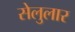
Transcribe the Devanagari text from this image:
सेलुलार